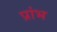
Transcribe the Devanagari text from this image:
प्रांभ